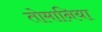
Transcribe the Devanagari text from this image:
तोमानिया